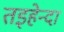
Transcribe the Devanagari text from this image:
तइहेन्दा